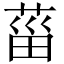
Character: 菑